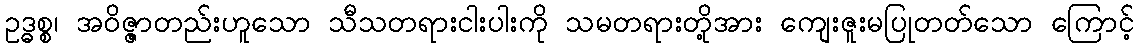
ဥဒ္ဓစ္စ၊ အဝိဇ္ဇာတည်းဟူသော သီသတရားငါးပါးကို သမတရားတို့အား ကျေးဇူးမပြုတတ်သော ကြောင့်